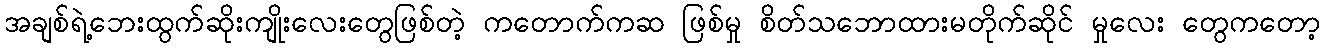
အချစ်ရဲ့ဘေးထွက်ဆိုးကျိုးလေးတွေဖြစ်တဲ့ ကတောက်ကဆ ဖြစ်မှု စိတ်သဘောထားမတိုက်ဆိုင် မှုလေး တွေကတော့